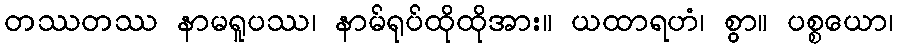
တဿတဿ နာမရူပဿ၊ နာမ်ရုပ်ထိုထိုအား။ ယထာရဟံ၊ စွာ။ ပစ္စယော၊